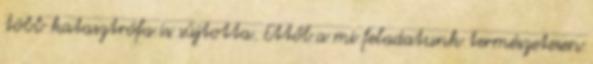
több katasztrófa is sújtotta. Ettől a mi feladatunk természetesen